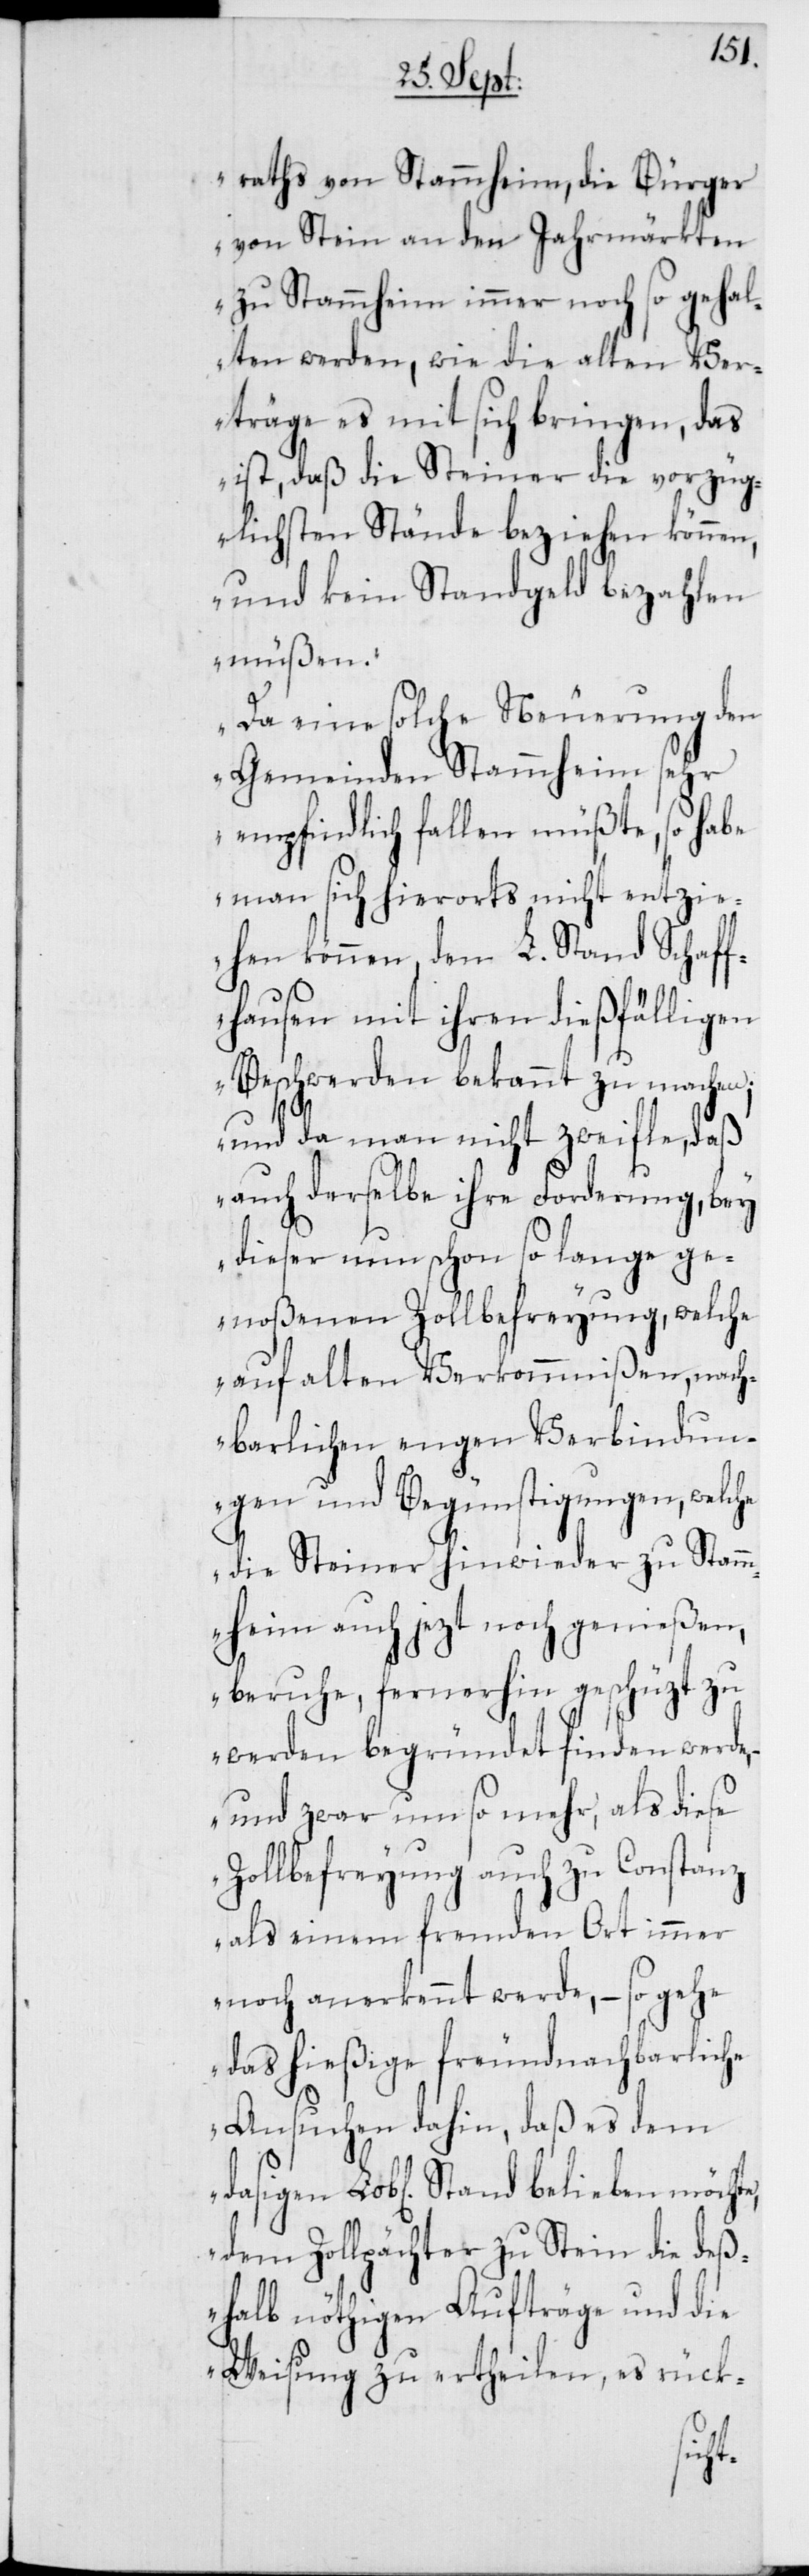
raths von Stammheim, die Bürger
von Stein an den Jahrmärkten
zu Stammheim immer noch so gehal¬
ten werden, wie die alten Ver¬
träge es mit sich bringen, das
ist, daß die Steiner die vorzüg¬
lichsten Stände beziehen können,
und kein Standgeld bezahlen
müßen.
Da eine solche Neuerung den
Gemeinden Stammheim sehr
empfindlich fallen müßte, so habe
man sich hierorts nicht entzie¬
hen können, den L. Stand Schaff¬
hausen mit ihren dießfälligen
Beschwerden bekannt zu machen;
und da man nicht zweifle, daß
auch derselbe ihre Forderung, bey
dieser nun schon so lange ge¬
noßenen Zollbefreyung, welche
auf alten Verkommnißen, nach¬
barlichen engen Verbindun¬
gen und Begünstigungen, welche
die Steiner hinwieder zu Stamm¬
heim auch jezt noch genießen,
beruhe, fernerhin geschüzt zu
werden begründet finden werde,
– und zwar um so mehr, als diese
Zollbefreyung auch zu Constanz
als einem fremden Ort immer
noch anerkennt werde, – so gehe
das hießige freundnachbarliche
Ansuchen dahin, daß es dem
dem Zollpächter zu Stein die deß¬
halb nöthigen Aufträge und die
Weisung zu ertheilen, es rück-